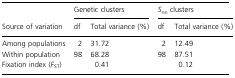
|  | <COLSPAN=2> Genetic clusters | <COLSPAN=2> Snn clusters |
 | Source of variation | df | Total variance (%) | df | Total variance (%) |
 | --- | --- | --- | --- | --- |
 | Among populations | 2 | 31.72 | 2 | 12.49 |
 | Within population | 98 | 68.28 | 98 | 87.51 |
 | Fixation index (FST) |  | 0.41 |  | 0.12 |